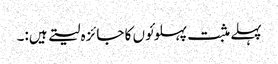
پہلے مثبت پہلوئوں کا جائزہ لیتے ہیں:۔